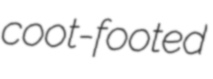
coot-footed